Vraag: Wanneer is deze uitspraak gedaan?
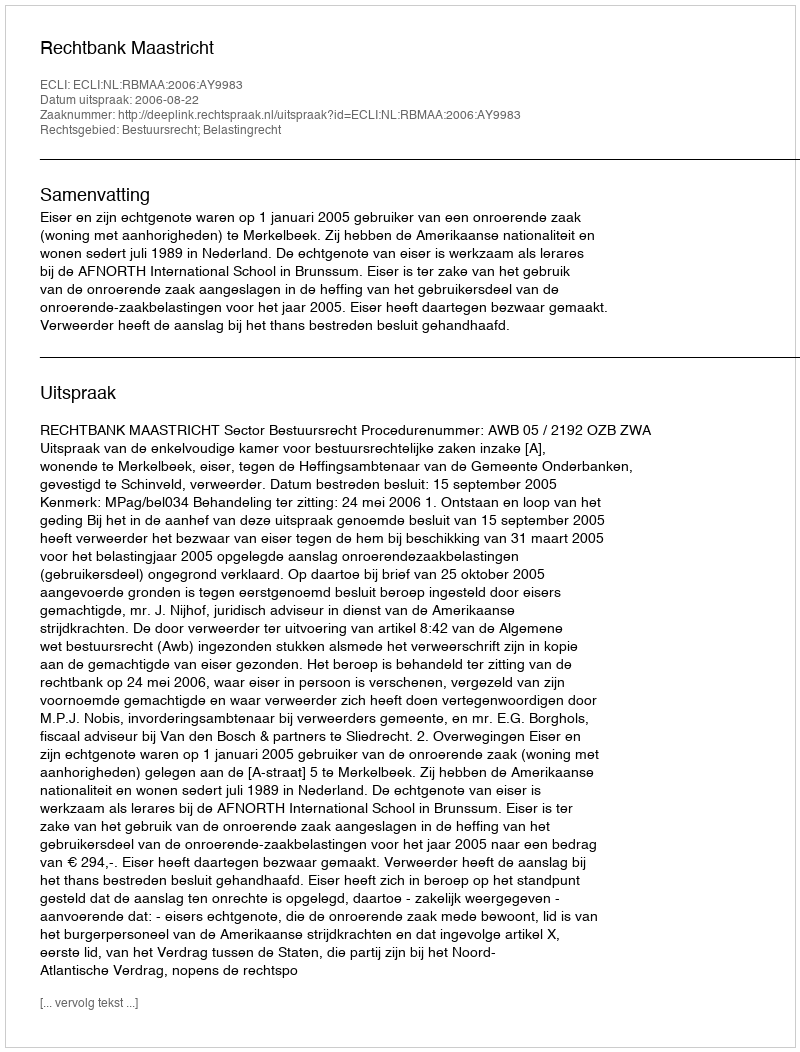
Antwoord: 2006-08-22